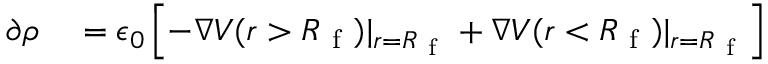
\begin{array} { r l } { \partial \rho } & { { } = \epsilon _ { 0 } \left[ - \boldsymbol { \nabla } V ( r > R _ { \mathrm { ~ f ~ } } ) \vert _ { r = R _ { \mathrm { ~ f ~ } } } + \boldsymbol { \nabla } V ( r < R _ { \mathrm { ~ f ~ } } ) \vert _ { r = R _ { \mathrm { ~ f ~ } } } \right] } \end{array}